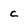
Character: c